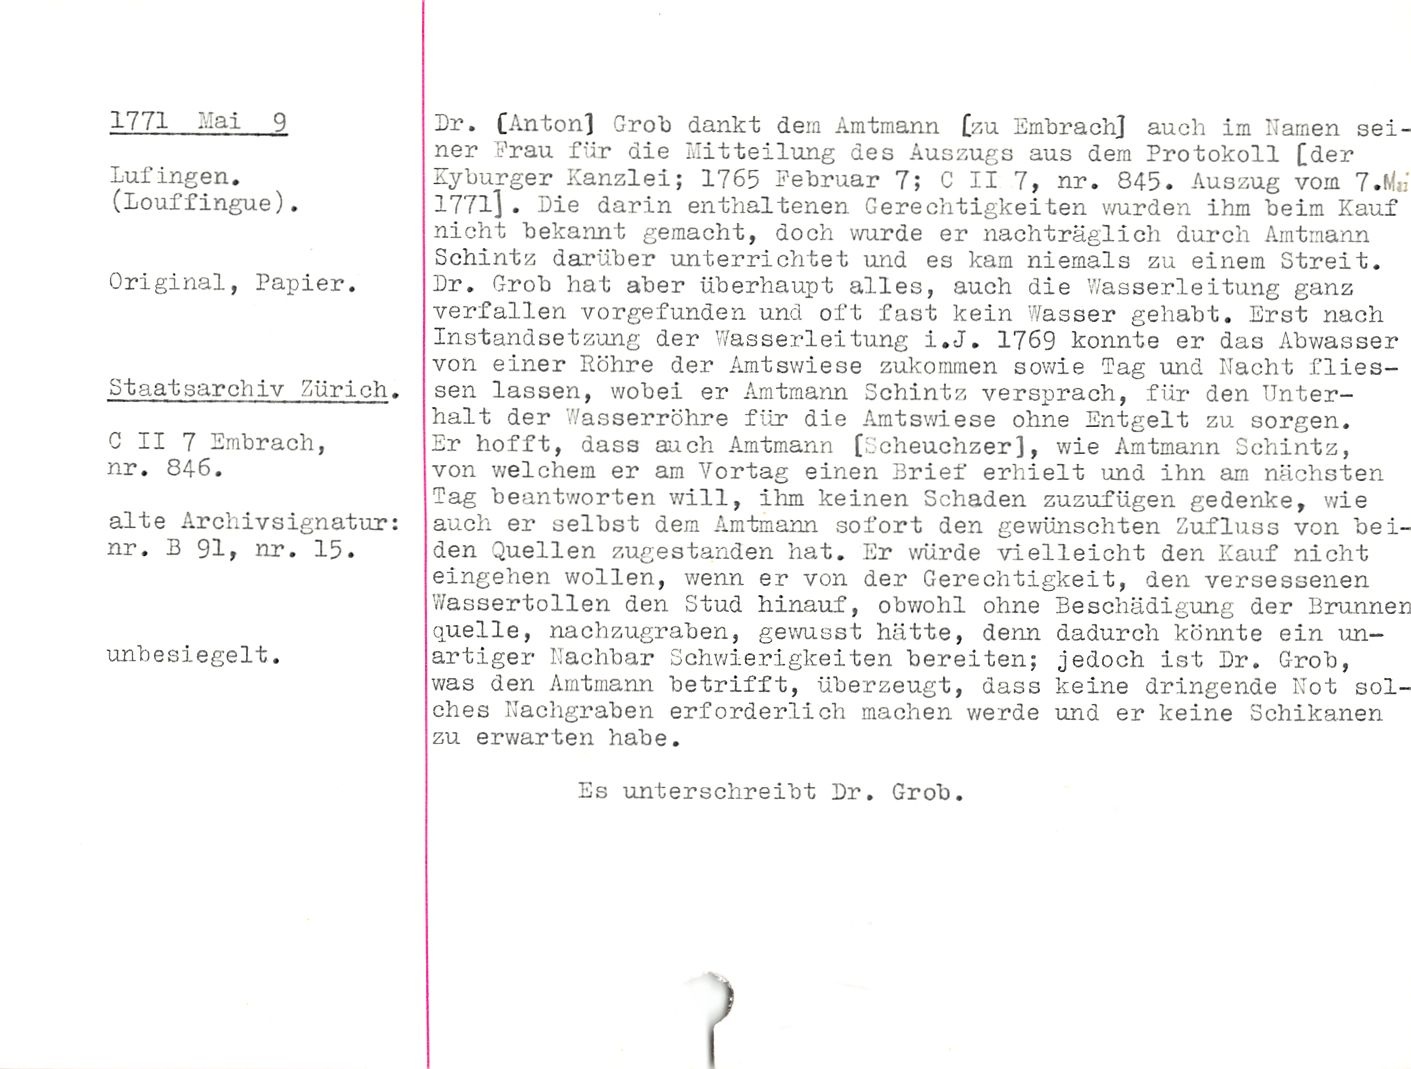
1771 Mai 9

lufingen.
(louffingue).

Original, Papier.

Staatsarchiv Zürich.

C II 7 Umbrach,
nr. 846.

alte Archivsignatur:
nr. B 91, nr. 15.

unhesiegelt.

Br. [Anton} Grob dankt dem Amtmann [zu Embrach] auch im harnen sei¬
ner -'rau für die Mitteilung des Auszugs aus dem Protokoll [der
Kyburger Kanzlei; 1765 Februar 7; C II 7, nr. 845. Auszug vom 7.Mai
1771]. Die darin enthaltenen Gerechtigkeiten wurden ihm beim Kauf
nicht bekannt gemacht, doch wurde er nachträglich durch Amtmann
Schintz darüber unterrichtet und es kam niemals zu einem Streit.
Br. Grob hat aber überhaupt alles, auch die Wasserleitung ganz
verfallen vorgefunden und oft fast kein Wasser gehabt. Erst nach
Instandsetzung der Wasserleitung i.J. 1769 konnte er das Abwasser
von einer Röhre der Amtswiese zukommen sowie Tag und Nacht flies-
sen lassen, wobei er Amtmann Schintz versprach, für den Unter¬
halt der Wasserrohre für die Amtswiese ohne Entgelt zu sorgen.

Er hofft, dass auch Amtmann [Scheuchzer], wie Amtmann Schintz,
von welchem er am Vortag einen Brief erhielt und ihn am nächsten
Tag beantworten will, ihm keinen Schaden zuzufügen gedenke, wie
auch er selbst dem Amtmann sofort den gewünschten Zufluss von bei¬
den Quellen zugestanden hat. Er würde vielleicht den Kauf nicht
eingehen wollen, wenn er von der Gerechtigkeit, den versessenen
Wassertollen den Stud hinauf, obwohl ohne Beschädigung der Brunnen
quelle, nachzugraben, gewusst hätte, denn dadurch könnte ein un¬
artiger Nachbar Schwierigkeiten bereiten; jedoch ist Br. Grob,
was den Amtmann betrifft, überzeugt, dass keine dringende Not sol¬
ches Nachgraben erforderlich machen werde und er keine Schikanen
zu erwarten habe.

Es unterschreibt Br. Grob.